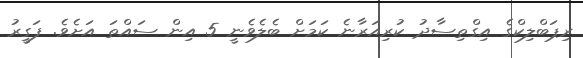
ރިޕަބްލިކްގެ އިގްތިސާދު ކުރިއަރާނެ ކަމަށް ބެލެވެނީ 5 އިން ސައްތަ އަށެވެ. ފަގީރު